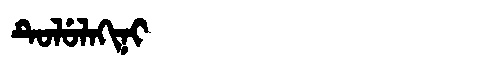
Manchu: ᡨᡠᠯᡠᠯᠠᡴᡳᠨᡳ
Romanization: TULULAKINI